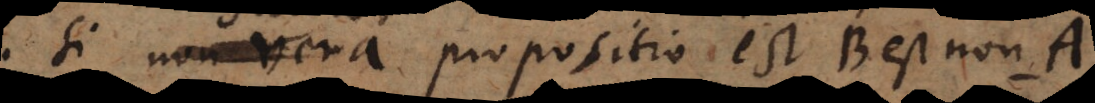
Si non vera propositio est B est non A,